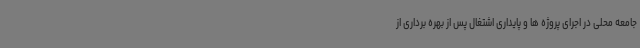
جامعه محلی در اجرای پروژه ها و پایداری اشتغال پس از بهره برداری از